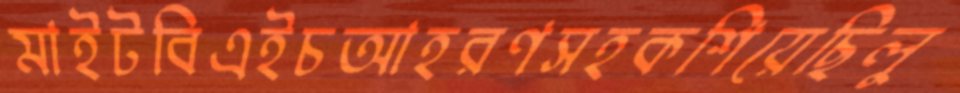
মাইটবিএইচআহরণসহকশিয়েছিলু